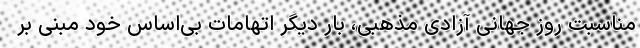
مناسبت روز جهانی آزادی مذهبی، بار دیگر اتهامات بی‌اساس خود مبنی بر